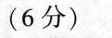
(6分)